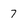
Character: 7